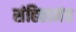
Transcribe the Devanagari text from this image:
संहितामंत्र